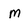
Character: M